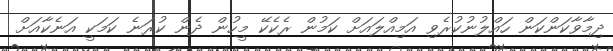
ދިމާވާކަންކަން ހައްލުނުކުރެވި އަމިއްލައަށް ކަމުން ރެކެކޭ މީހުން ދެން ކުރަނެ ކަމަކީ އަނެކާއަށް